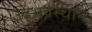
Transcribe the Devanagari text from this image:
उद्भवस्थान